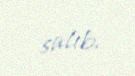
salıb.